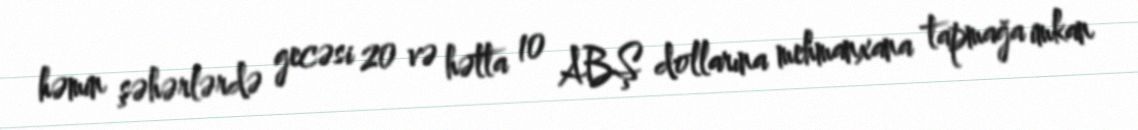
həmin şəhərlərdə gecəsi 20 və hətta 10 ABŞ dollarına mehmanxana tapmağa imkan